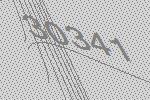
30341